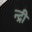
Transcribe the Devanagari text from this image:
न्द्री